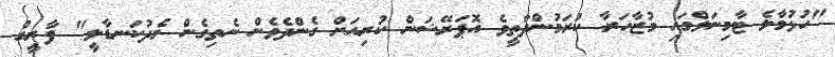
"ހުޅުމާލެ ޓާމިނަލްގައި މުޒާހަރާ ކުރަމުންދާތީވެ އޮޕަރޭޝަން ކުރިއަށް ގެންދެވެން ނެތިގެން މެދުކަނޑާލީ" ފާރީގް